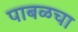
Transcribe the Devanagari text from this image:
पाबळचा